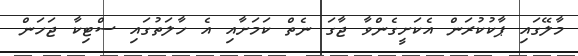
މާލޭގައި ޕާކުކުރަން އެކަށީގެންވާ ޖާގަ ނެތް ކަމަށާއި އެ ހާލަތުގައި ސްޓިކާ ޖަހަން